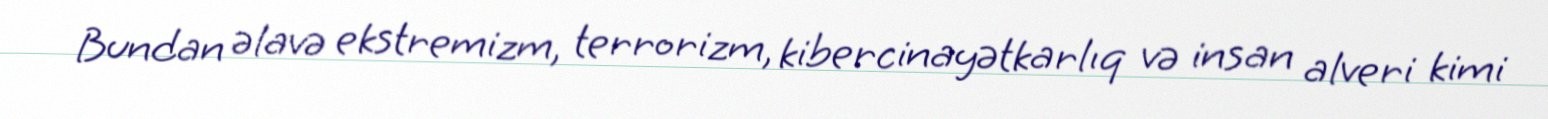
Bundan əlavə ekstremizm, terrorizm, kibercinayətkarlıq və insan alveri kimi